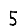
Digit: 5